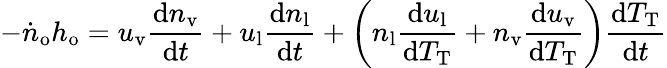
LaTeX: -\dot{n}_{\mathrm{o}}h_{\mathrm{o}}=u_{\mathrm{v}}\frac{\mathrm{d}n_{\mathrm{v}}}{\mathrm{d}t}+u_{\mathrm{l}}\frac{\mathrm{d}n_{\mathrm{l}}}{\mathrm{d}t}+\bigg(n_{\mathrm{l}}\frac{\mathrm{d}u_{\mathrm{l}}}{\mathrm{d}T_{\mathrm{T}}}+n_{\mathrm{v}}\frac{\mathrm{d}u_{\mathrm{v}}}{\mathrm{d}T_{\mathrm{T}}}\bigg)\frac{\mathrm{d}T_{\mathrm{T}}}{\mathrm{d}t}